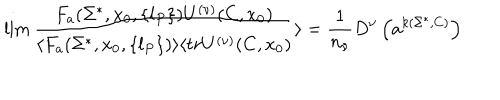
\lim { \frac { F _ { a } ( \Sigma ^ { * } , x _ { 0 } , \{ l _ { P } \} ) U ^ { ( \nu ) } ( C , x _ { 0 } ) } { \langle F _ { a } ( \Sigma ^ { * } , x _ { 0 } , \{ l _ { P } \} ) \rangle \langle t r U ^ { ( \nu ) } ( C , x _ { 0 } ) } } \rangle = { \frac { 1 } { n _ { \nu } } } D ^ { \nu } \left( a ^ { k ( \Sigma ^ { * } , C ) } \right)